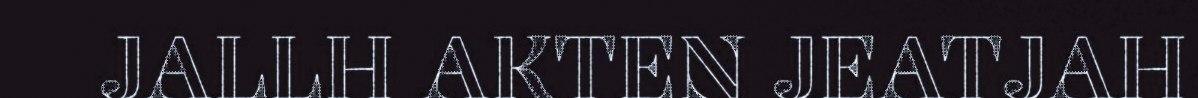
JALLH AKTEN JEATJAH